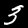
Digit: 3